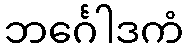
ဘင်္ဂေါဒကံ